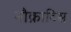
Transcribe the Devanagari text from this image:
नौक्राटिस